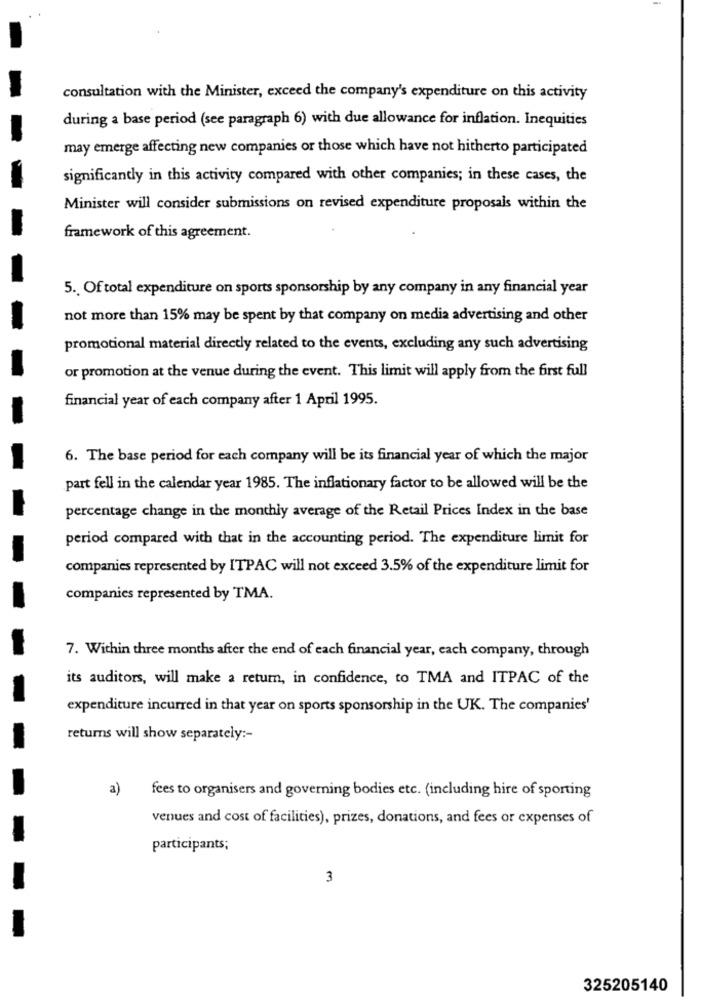
consultation with the Minister, exceed the company's expenditure on this activity
during a base period (see paragraph 6) with due allowance for inflation. Inequities
may emerge affecting new companies or those which have not hitherto participated
significantly in this activity compared with other companies; in these cases, the
Minister will consider submissions on revised expenditure proposals within the
framework of this agreement.
5. Of total expenditure on sports sponsorship by any company in any financial year
not more than 15% may be spent by that company on media advertising and other
promotional material directly related to the events, excluding any such advertising
or promotion at the venue during the event. This limit will apply from the first full
financial year of each company after 1 April 1995.
6. The base period for each company will be its financial year of which the major
part fell in the calendar year 1985. The inflationary factor to be allowed will be the
percentage change in the monthly average of the Retail Prices Index in the base
period compared with that in the accounting period. The expenditure limit for
companies represented by ITPAC will not exceed 3.5% of the expenditure limit for
companies represented by TMA.
7. Within three months after the end of each financial year, each company, through
its auditors, will make a return, in confidence, to TMA and ITPAC of the
expenditure incurred in that year on sports sponsorship in the UK. The companies'
returns will show separately :-
a)
fees to organisers and governing bodies etc. (including hire of sporting
venues and cost of facilities), prizes, donations, and fees or expenses of
participants;
3
325205140